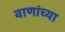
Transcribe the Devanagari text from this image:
वाणांच्या